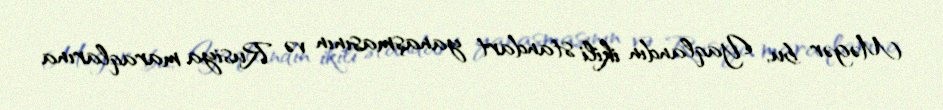
Məgər bu, Yaqlandın ikili standart yanaşmasının və Rusiya maraqlarına